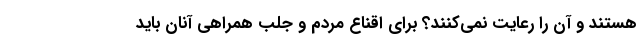
هستند و آن را رعایت نمی‌کنند؟ برای اقناع مردم و جلب همراهی آنان باید